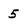
Character: 5